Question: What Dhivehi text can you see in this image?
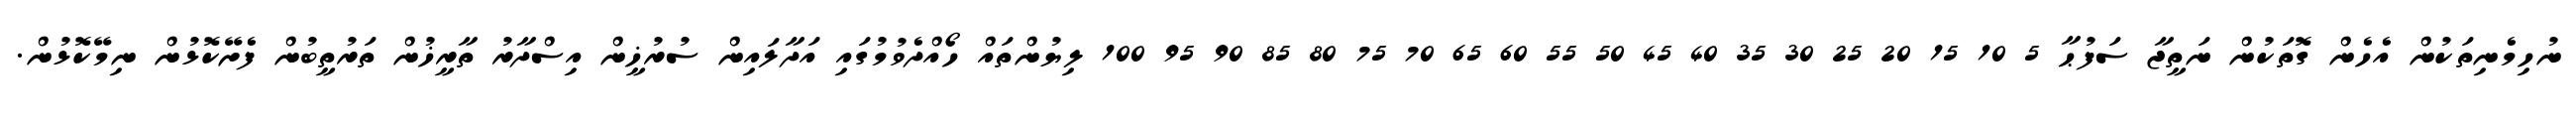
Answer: ނުހިމެނިތަކުން އެހެން ގޮތަކުން ނަތީޖާ ސަފުޙާ 5 10 15 20 25 30 35 40 45 50 55 60 65 70 75 80 85 90 95 100 ލިޔުންތައް ހޯއްދެވުމުގައި އަދާލައިން ސުރުޚީން އިސްދާރު ތާރީޚުން ތަރުތީބުން ފެށޭކޮޅުން ނިމޭކޮޅުން.